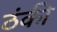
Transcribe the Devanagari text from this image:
ठंकी